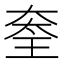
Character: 𡙃